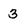
Character: 3